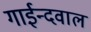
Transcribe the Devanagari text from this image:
गाईन्दवाल